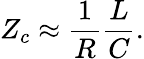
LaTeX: Z_{c}\approx\frac{1}{R}\frac{L}{C}.